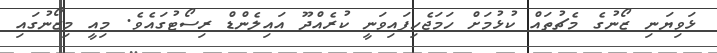
ޅަވިޔަނި ޒޯނުގެ މެޗުތައް ކުޅުމަށް ހަމަޖެހިފައިވަނީ ކުރެއްދޫ އައިލެންޑް ރިސޯޓުގައެވެ. މިއީ މިޒޯނުގައި